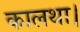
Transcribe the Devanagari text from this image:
कालथा।